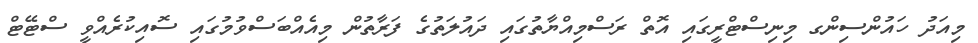
މިއަދު ހައުންސިންގ މިނިސްޓްރީގައި އޮތް ރަސްމިއްޔާތުގައި ދައުލަތުގެ ފަރާތުން މިއެއްބަސްވުމުގައި ސޮއިކުރެއްވީ ސްޓޭޓް